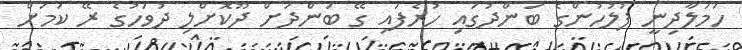
ހަމަލާދިނީ ފުލުހުންގެ ބަންދުގައި ހުރެފައި ގޭ ބަންދަށް ދޫކޮށްލި ދުވަހުގެ ރޭ ކަމަށް